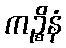
ကဉ္စိနံ